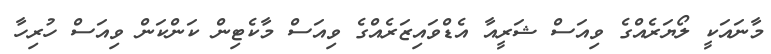
މާނައަކީ ލޯޔަރެއްގެ ވިއަސް ޝަރީއާ އެޑްވައިޒަރެއްގެ ވިއަސް މާކެޓިން ކަންކަން ވިއަސް ހުރިހާ